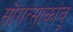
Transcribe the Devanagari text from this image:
सोंगत्सांकांबू